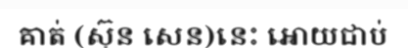
គាត់ (ស៊ុន សេន)នេះ អោយជាប់